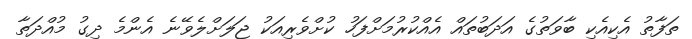
ތަފާތު އެކިއެކި ބާވަތުގެ އަދަބުތައް އެއްކުރުމަށްފަހު ކުށްވެރިއަކު ޖަލަށްލެވޭނެ އެންމެ ދިގު މުއްދަތާ